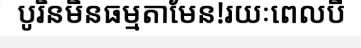
បូរិនមិនធម្មតាមែន!រយៈពេលបី